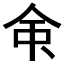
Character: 𫝇